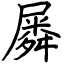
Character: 𡳞